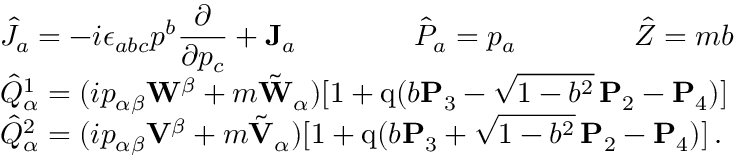
\begin{array} { l } { { \displaystyle \hat { \cal J } _ { a } = - i \epsilon _ { a b c } p ^ { b } \frac \partial { \partial p _ { c } } + { \bf J } _ { a } \qquad \qquad \hat { \cal P } _ { a } = p _ { a } \qquad \qquad \hat { \cal Z } = m b } } \\ { { \displaystyle \hat { \cal Q } _ { \alpha } ^ { 1 } = ( i p _ { \alpha \beta } { \bf W } ^ { \beta } + m \tilde { \bf W } _ { \alpha } ) [ 1 + \mathrm { q } ( b { \bf P } _ { 3 } - \sqrt { 1 - b ^ { 2 } } \, { \bf P } _ { 2 } - { \bf P } _ { 4 } ) ] } } \\ { { \displaystyle \hat { \cal Q } _ { \alpha } ^ { 2 } = ( i p _ { \alpha \beta } { \bf V } ^ { \beta } + m \tilde { \bf V } _ { \alpha } ) [ 1 + \mathrm { q } ( b { \bf P } _ { 3 } + \sqrt { 1 - b ^ { 2 } } \, { \bf P } _ { 2 } - { \bf P } _ { 4 } ) ] \, . } } \end{array}